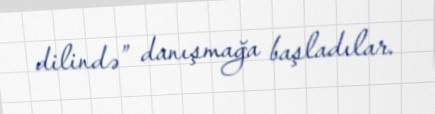
dilində” danışmağa başladılar.